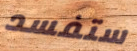
ستفسد